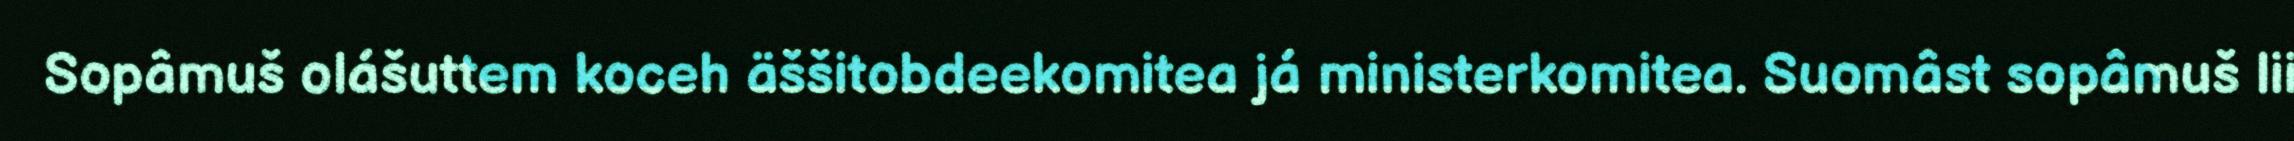
Sopâmuš olášuttem koceh äššitobdeekomitea já ministerkomitea. Suomâst sopâmuš lii